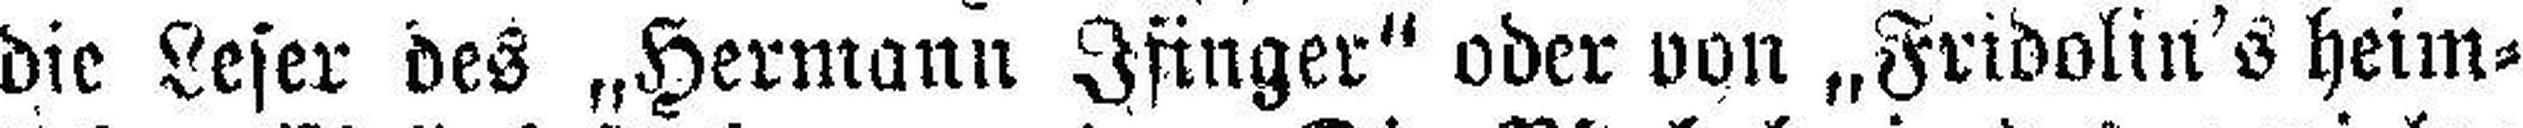
die Leser des „Hermann Ifinger" oder von „Fridolin's heim¬